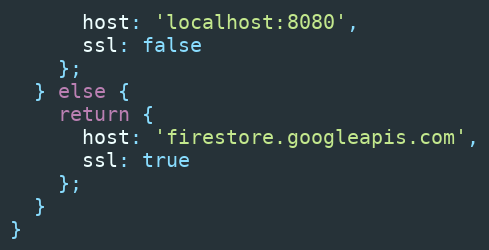
Language: JavaScript
      host: 'localhost:8080',
      ssl: false
    };
  } else {
    return {
      host: 'firestore.googleapis.com',
      ssl: true
    };
  }
}